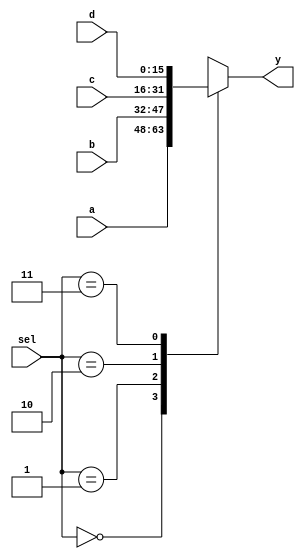
module fouronemux(input [15:0] a,b,c,d, 
				  input [1:0] sel, 
				  output reg [15:0] y);
				  
always @*
	begin
		case (sel)
			2'd0 :  y = a;
			2'd1 :  y = b;
			2'd2 :  y = c;
			2'd3 :  y = d;
		endcase
	end
	
endmodule